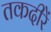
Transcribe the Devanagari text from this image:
तकदीरें